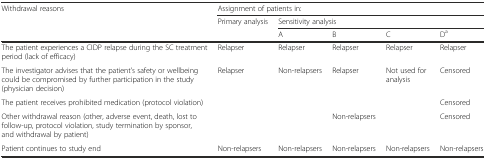
| <ROWSPAN=3> Withdrawal reasons | <COLSPAN=5> Assignment of patients in: |
 | Primary analysis | <COLSPAN=4> Sensitivity analysis |
 |  | A | B | C | Da |
 | --- | --- | --- | --- | --- | --- |
 | The patient experiences a CIDP relapse during the SC treatment period (lack of efficacy) | Relapser | Relapser | Relapser | Relapser | Relapser |
 | The investigator advises that the patient’s safety or wellbeing could be compromised by further participation in the study (physician decision) | <ROWSPAN=3> Relapser | <ROWSPAN=3> Non-relapsers | <ROWSPAN=2> Relapser | <ROWSPAN=3> Not used for analysis | Censored |
 | The patient receives prohibited medication (protocol violation) | Censored |
 | Other withdrawal reason (other, adverse event, death, lost to follow-up, protocol violation, study termination by sponsor, and withdrawal by patient) | Non-relapsers | Censored |
 | Patient continues to study end | Non-relapsers | Non-relapsers | Non-relapsers | Non-relapsers | Non-relapsers |